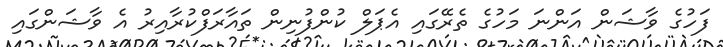
ފަހުގެ ވާޝަން އަންނަ މަހުގެ ތެރޭގައި އެޕަލް ކުންފުނިން ތައާރަފްކުރާއިރު އެ ވާޝަންގައި